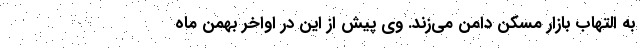
به التهاب بازار مسکن دامن می‌زند. وی پیش از این در اواخر بهمن ماه